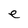
Character: e